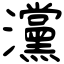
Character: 灙